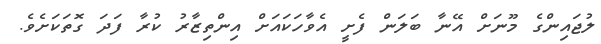
ލުޖައިންގެ މޫނަށް އޭނާ ބަލަން ފެށީ އެވާހަކައަށް އިންތިޒާރު ކުރާ ފަދަ ގޮތަކަށެވެ.